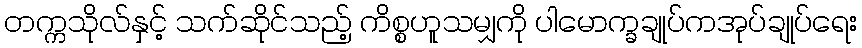
တက္ကသိုလ်နှင့် သက်ဆိုင်သည့် ကိစ္စဟူသမျှကို ပါမောက္ခချုပ်ကအုပ်ချုပ်ရေး